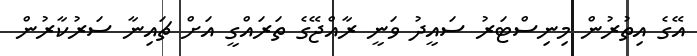
އޭގެ އިތުރުން މިނިސްޓަރު ސައީދު ވަނީ ރާއްޖޭގެ ތަރައްގީ އަށް ޗައިނާ ސަރުކާރުން